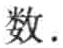
数.